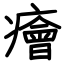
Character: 癐